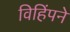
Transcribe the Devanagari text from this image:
विहिंपने